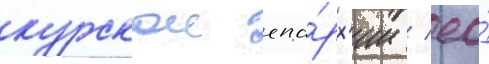
курскои епа́рх'ии / ео́